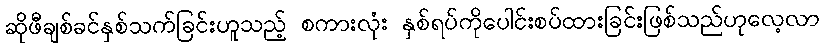
ဆိုဖီချစ်ခင်နှစ်သက်ခြင်းဟူသည့် စကားလုံး နှစ်ရပ်ကိုပေါင်းစပ်ထားခြင်းဖြစ်သည်ဟုလေ့လာ